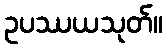
ဥပဿယသုတ်။